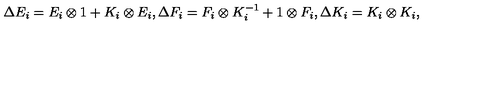
\Delta E _ { i } = E _ { i } \otimes 1 + K _ { i } \otimes E _ { i } , \Delta F _ { i } = F _ { i } \otimes K _ { i } ^ { - 1 } + 1 \otimes F _ { i } , \Delta K _ { i } = K _ { i } \otimes K _ { i } ,